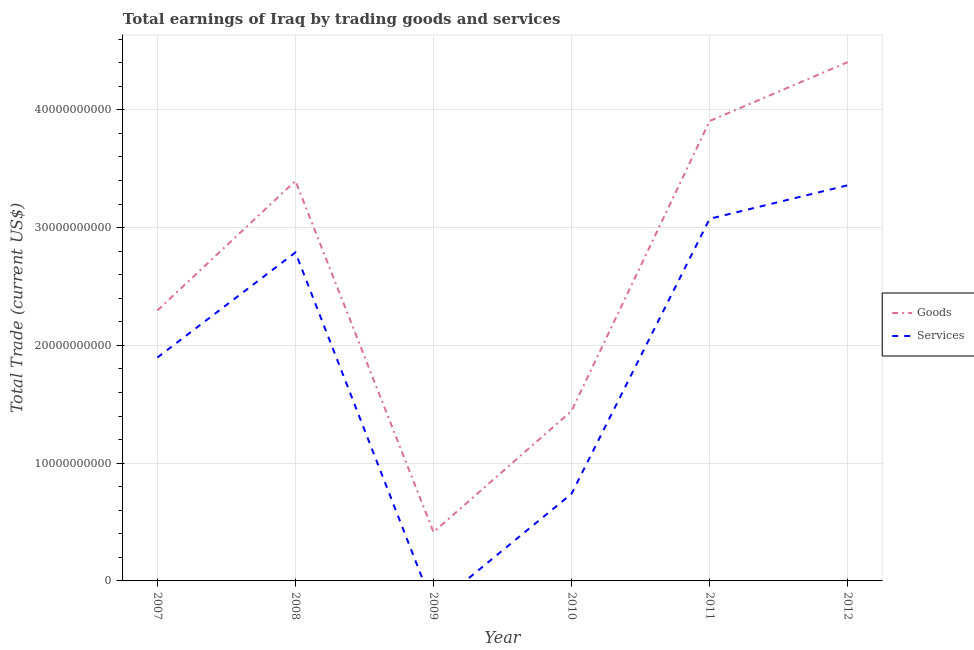
| Year | Goods | Services |
 | --- | --- | --- |
 | 2007 | 2.3e+10 | 1.9e+10 |
 | 2008 | 3.4e+10 | 2.79e+10 |
 | 2009 | 4.14e+09 | -2.23e+09 |
 | 2010 | 1.44e+10 | 7.4e+09 |
 | 2011 | 3.91e+10 | 3.07e+10 |
 | 2012 | 4.41e+10 | 3.36e+10 |